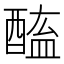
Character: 𨡿